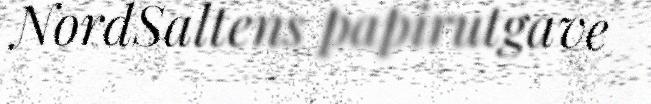
NordSaltens papirutgave